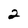
Character: 2